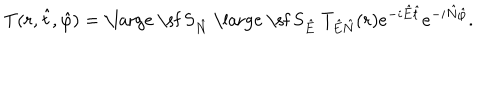
T ( r , \hat { t } , \hat { \varphi } ) = \mathrm { \large ~ \sf ~ S } _ { \hat { N } } \; \mathrm { \large ~ \sf ~ S } _ { \hat { E } } \; T _ { \hat { E } \hat { N } } ( r ) e ^ { - i \hat { E } \hat { t } } e ^ { - i \hat { N } \hat { \varphi } } .